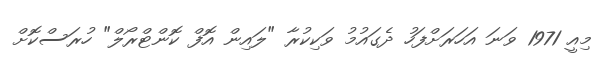
މިއީ 1971 ވަނަ އަހަރަށްފަހު ދެގައުމު ވަކިކުރާ "ލައިން އޮފް ކޮންޓްރޯލް" ހުރަސްކޮށް